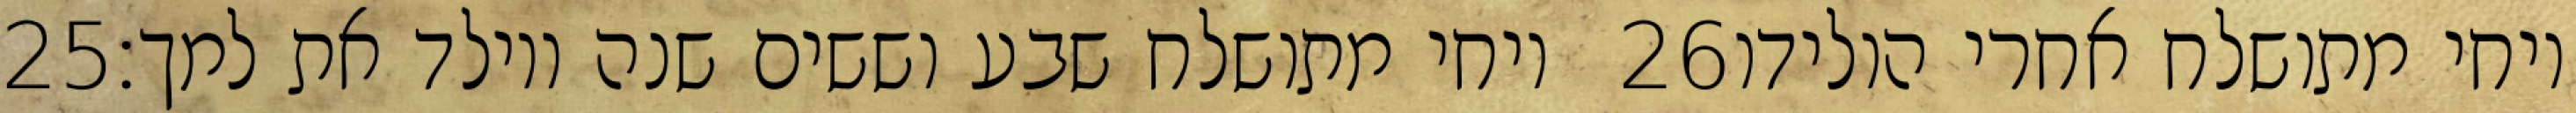
‎25‏ ויחי מתושלח שבע וששים שנה ויולד את למך׃ ‎26‏ ויחי מתושלח אחרי הולידו